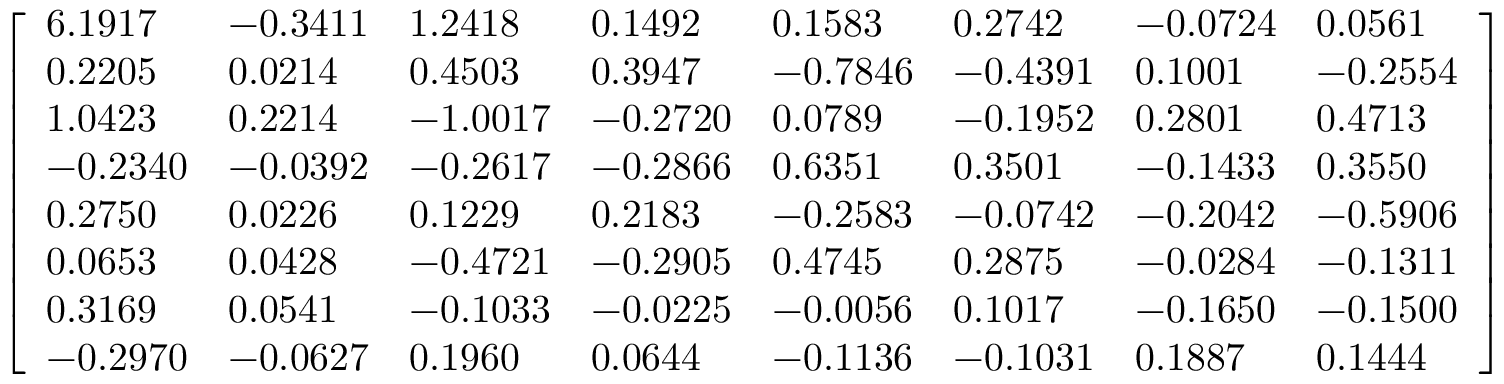
{ \left[ \begin{array} { l l l l l l l l } { 6 . 1 9 1 7 } & { - 0 . 3 4 1 1 } & { 1 . 2 4 1 8 } & { 0 . 1 4 9 2 } & { 0 . 1 5 8 3 } & { 0 . 2 7 4 2 } & { - 0 . 0 7 2 4 } & { 0 . 0 5 6 1 } \\ { 0 . 2 2 0 5 } & { 0 . 0 2 1 4 } & { 0 . 4 5 0 3 } & { 0 . 3 9 4 7 } & { - 0 . 7 8 4 6 } & { - 0 . 4 3 9 1 } & { 0 . 1 0 0 1 } & { - 0 . 2 5 5 4 } \\ { 1 . 0 4 2 3 } & { 0 . 2 2 1 4 } & { - 1 . 0 0 1 7 } & { - 0 . 2 7 2 0 } & { 0 . 0 7 8 9 } & { - 0 . 1 9 5 2 } & { 0 . 2 8 0 1 } & { 0 . 4 7 1 3 } \\ { - 0 . 2 3 4 0 } & { - 0 . 0 3 9 2 } & { - 0 . 2 6 1 7 } & { - 0 . 2 8 6 6 } & { 0 . 6 3 5 1 } & { 0 . 3 5 0 1 } & { - 0 . 1 4 3 3 } & { 0 . 3 5 5 0 } \\ { 0 . 2 7 5 0 } & { 0 . 0 2 2 6 } & { 0 . 1 2 2 9 } & { 0 . 2 1 8 3 } & { - 0 . 2 5 8 3 } & { - 0 . 0 7 4 2 } & { - 0 . 2 0 4 2 } & { - 0 . 5 9 0 6 } \\ { 0 . 0 6 5 3 } & { 0 . 0 4 2 8 } & { - 0 . 4 7 2 1 } & { - 0 . 2 9 0 5 } & { 0 . 4 7 4 5 } & { 0 . 2 8 7 5 } & { - 0 . 0 2 8 4 } & { - 0 . 1 3 1 1 } \\ { 0 . 3 1 6 9 } & { 0 . 0 5 4 1 } & { - 0 . 1 0 3 3 } & { - 0 . 0 2 2 5 } & { - 0 . 0 0 5 6 } & { 0 . 1 0 1 7 } & { - 0 . 1 6 5 0 } & { - 0 . 1 5 0 0 } \\ { - 0 . 2 9 7 0 } & { - 0 . 0 6 2 7 } & { 0 . 1 9 6 0 } & { 0 . 0 6 4 4 } & { - 0 . 1 1 3 6 } & { - 0 . 1 0 3 1 } & { 0 . 1 8 8 7 } & { 0 . 1 4 4 4 } \end{array} \right] }